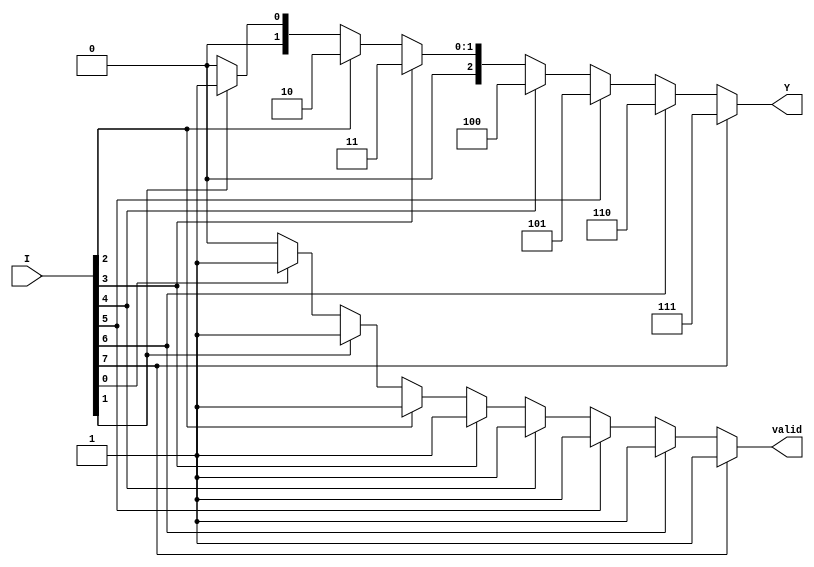
module encoder_8to3 (
    input wire [7:0] I,   // 8 input lines
    output reg [2:0] Y,   // 3 output lines
    output reg valid       // Output valid signal
);

    always @(*) begin
        // Default output
        Y = 3'b000; // Default to 000
        valid = 1'b0; // Default valid to 0
        
        // Priority encoding
        if (I[7]) begin
            Y = 3'b111; // I7 is active
            valid = 1'b1;
        end else if (I[6]) begin
            Y = 3'b110; // I6 is active
            valid = 1'b1;
        end else if (I[5]) begin
            Y = 3'b101; // I5 is active
            valid = 1'b1;
        end else if (I[4]) begin
            Y = 3'b100; // I4 is active
            valid = 1'b1;
        end else if (I[3]) begin
            Y = 3'b011; // I3 is active
            valid = 1'b1;
        end else if (I[2]) begin
            Y = 3'b010; // I2 is active
            valid = 1'b1;
        end else if (I[1]) begin
            Y = 3'b001; // I1 is active
            valid = 1'b1;
        end else if (I[0]) begin
            Y = 3'b000; // I0 is active
            valid = 1'b1;
        end
    end

endmodule